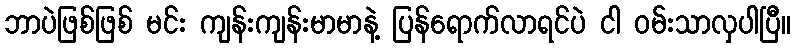
ဘာပဲဖြစ်ဖြစ် မင်း ကျန်းကျန်းမာမာနဲ့ ပြန်ရောက်လာရင်ပဲ ငါ ဝမ်းသာလှပါပြီ။